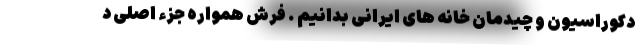
دکوراسیون و چیدمان خانه های ایرانی بدانیم . فرش همواره جزء اصلی د